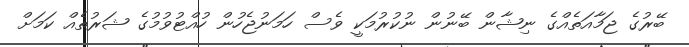
ބޭރުގެ ޖަމާއަތެއްގެ ނިޝާން ބޭނުން ނުކުރުމަކީ ވެސް ހަމަނުޖެހުން ހުއްޓުވުމުގެ ޝަރުތެއް ކަމަށް